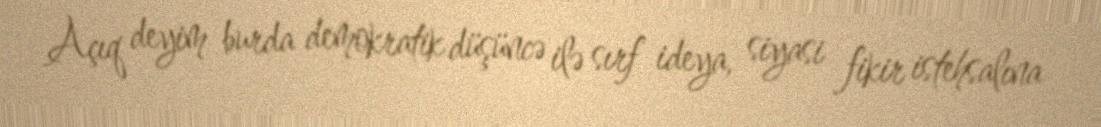
Açıq deyim burda demokratik düşüncə ilə sırf ideya, siyasi fikir istehsalına